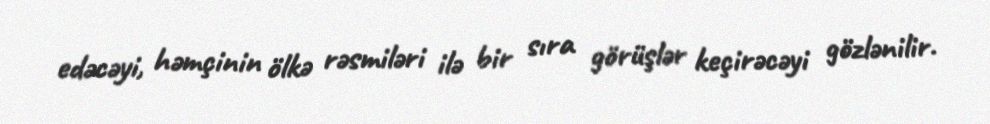
edəcəyi, həmçinin ölkə rəsmiləri ilə bir sıra görüşlər keçirəcəyi gözlənilir.